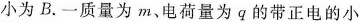
小为B.一质量为m、电荷量为q的带正电的小